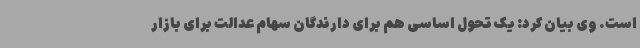
است. وی بیان کرد: یک تحول اساسی هم برای دارندگان سهام عدالت برای بازار